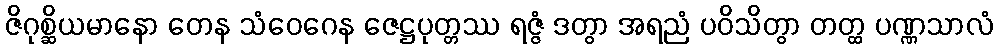
ဇိဂုစ္ဆိယမာနော တေန သံဝေဂေန ဇေဋ္ဌပုတ္တဿ ရဇ္ဇံ ဒတွာ အရညံ ပဝိသိတွာ တတ္ထ ပဏ္ဏသာလံ